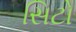
સિટો